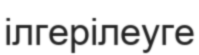
ілгерілеуге